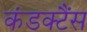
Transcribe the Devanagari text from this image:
कंडक्टैंस